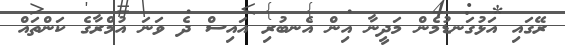
ރޭގައި އަޅުގަނޑުމެން މަދީނާ އިން އެނބުރި އައިސް ދެ ވަނަ އުމްރާގެ ކަންތައް